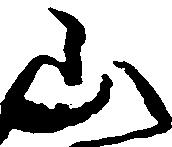
山